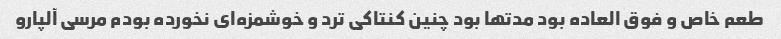
طعم خاص و فوق العاده بود مدتها بود چنین کنتاکی ترد و خوشمزه‌ای نخورده بودم مرسی آلپارو